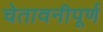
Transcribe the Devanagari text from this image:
चेतावनीपूर्ण